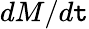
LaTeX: dM/d\mathtt{t}